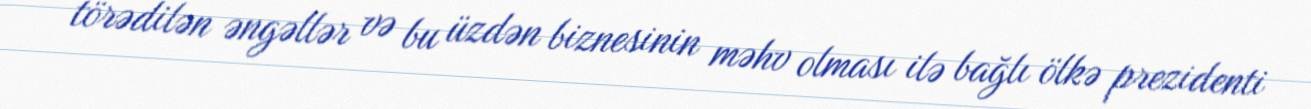
törədilən əngəllər və bu üzdən biznesinin məhv olması ilə bağlı ölkə prezidenti